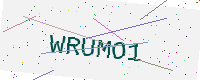
Text: WRUMO1